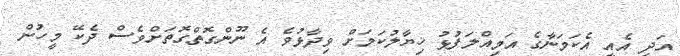
އަދި އެއީ އެކަމަނާގެ އަމިއްލަފުޅު ޚިޔާލުކަމަށް ވިދާޅުވެ އެ ނޫންގޮތްގޮތަށްވެސް ދެކޭ މީހުން